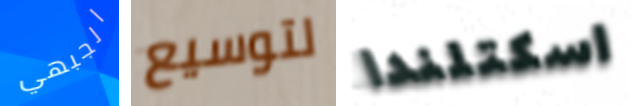
الجبهي لتوسيع اسكتلندا